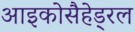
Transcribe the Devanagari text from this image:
आइकोसैहेड्रल